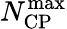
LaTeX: N_{\mathrm{CP}}^{\mathrm{max}}